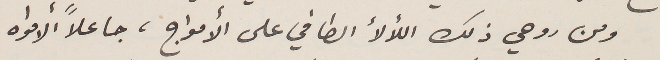
ومن روحي ذلك اللألأ الطافي على الأمواج، جاعلاً ألامواه